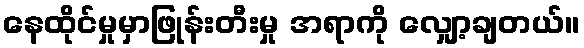
နေထိုင်မှုမှာဖြုန်းတီးမှု အရာကို လျှော့ချတယ်။